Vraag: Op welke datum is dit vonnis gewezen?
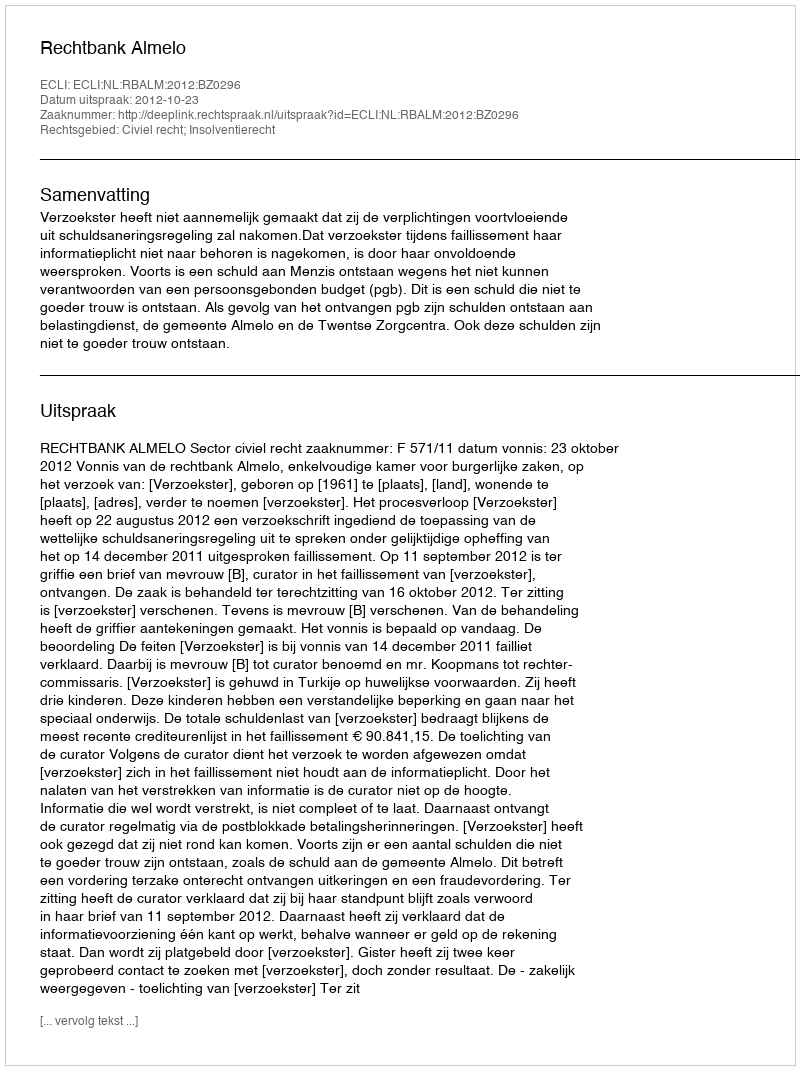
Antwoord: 2012-10-23